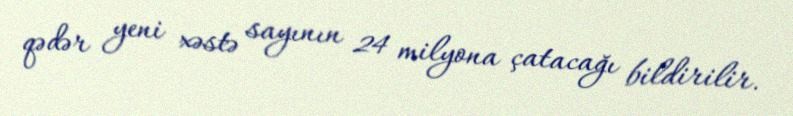
qədər yeni xəstə sayının 24 milyona çatacağı bildirilir.